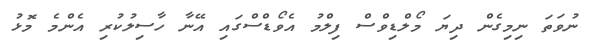
ނުވަތަ ނިމިގެން ދިޔަ މޯލްޑިވްސް ފިލްމު އެވޯޑްސްގައި އޭނާ ހާސިލުކުރި އެންމެ މޮޅު